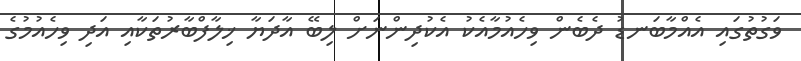
ވަގުތުގައި އެއްމާބަނޑު ދެބެން ވިހެއުމާއެކު އެކުދިންނަށް ލިބޭ އާދަޔާ ޚިލާފްބާރުތަކާއި އަދި ވިހެއުމުގެ